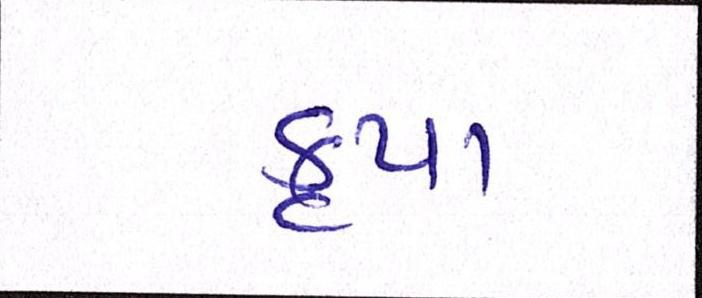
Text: કૃપા